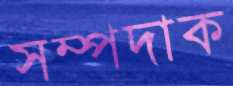
সম্পদাক